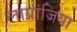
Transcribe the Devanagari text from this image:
लाग्रांजिया